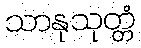
သာနုသုတ္တံ